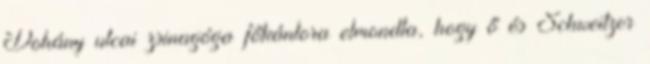
Dohány utcai zsinagóga főkántora elmondta, hogy ő és Schweitzer